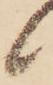
候